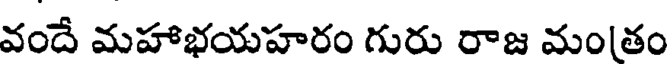
వందే మహాభయహరం గురు రాజ మం(తం